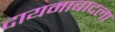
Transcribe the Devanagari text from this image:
दायमाबादला